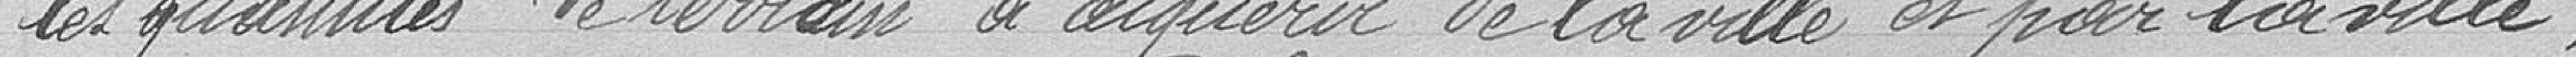
les quantités de terrain à acquérir de la vile et par la ville;